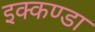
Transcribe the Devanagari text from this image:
इक्कण्डा